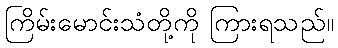
ကြိမ်းမောင်းသံတို့ကို ကြားရသည်။